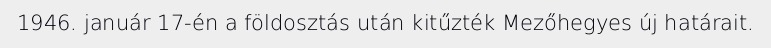
1946. január 17-én a földosztás után kitűzték Mezőhegyes új határait.